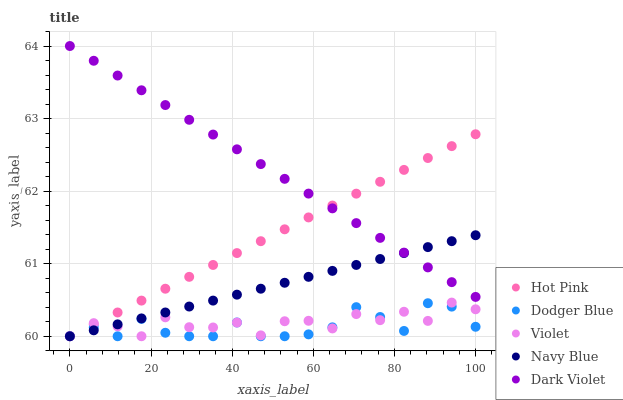
| xaxis_label | Hot Pink | Dodger Blue | Violet | Navy Blue | Dark Violet |
 | --- | --- | --- | --- | --- | --- |
 | 0 | 60 | 60 | 60 | 60 | 64 |
 | 5.88 | 60.2 | 60.1 | 60.2 | 60.1 | 63.8 |
 | 11.8 | 60.3 | 60 | 60.1 | 60.2 | 63.6 |
 | 17.6 | 60.5 | 60.2 | 60 | 60.2 | 63.4 |
 | 23.5 | 60.7 | 60 | 60.3 | 60.3 | 63.2 |
 | 29.4 | 60.8 | 60 | 60.1 | 60.4 | 63 |
 | 35.3 | 61 | 60 | 60.1 | 60.5 | 62.8 |
 | 41.2 | 61.1 | 60.2 | 60.2 | 60.6 | 62.6 |
 | 47.1 | 61.3 | 60 | 60 | 60.7 | 62.4 |
 | 52.9 | 61.5 | 60 | 60.2 | 60.7 | 62.2 |
 | 58.8 | 61.6 | 60 | 60.2 | 60.8 | 62 |
 | 64.7 | 61.8 | 60.1 | 60.1 | 60.9 | 61.8 |
 | 70.6 | 62 | 60.4 | 60.3 | 61 | 61.6 |
 | 76.5 | 62.1 | 60.3 | 60.2 | 61.1 | 61.4 |
 | 82.4 | 62.3 | 60.1 | 60.3 | 61.1 | 61.2 |
 | 88.2 | 62.5 | 60.5 | 60.2 | 61.2 | 60.9 |
 | 94.1 | 62.6 | 60.4 | 60.5 | 61.3 | 60.7 |
 | 100 | 62.8 | 60.1 | 60.4 | 61.4 | 60.5 |